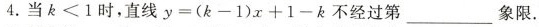
4.当$$k < 1$$时，直线$$y = ( k - 1 ) x + 1 - k$$不经过第___象限.